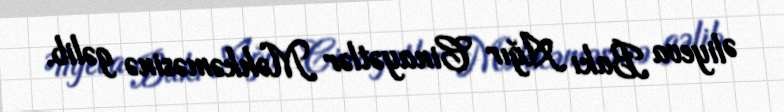
Əliyeva Bakı Ağır Cinayətlər Məhkəməsinə gəlib.